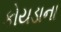
કોયડાના